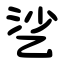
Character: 乷